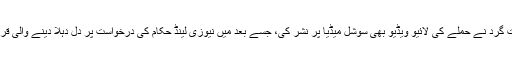
مسجد میں فائرنگ کرنے والے ایک دہشت گرد نے حملے کی لائیو ویڈیو بھی سوشل میڈیا پر نشر کی، جسے بعد میں نیوزی لینڈ حکام کی درخواست پر دل دہلا دینے والی قرار دیتے ہوئے سوشل میڈیا سے ہٹادیا گیا۔